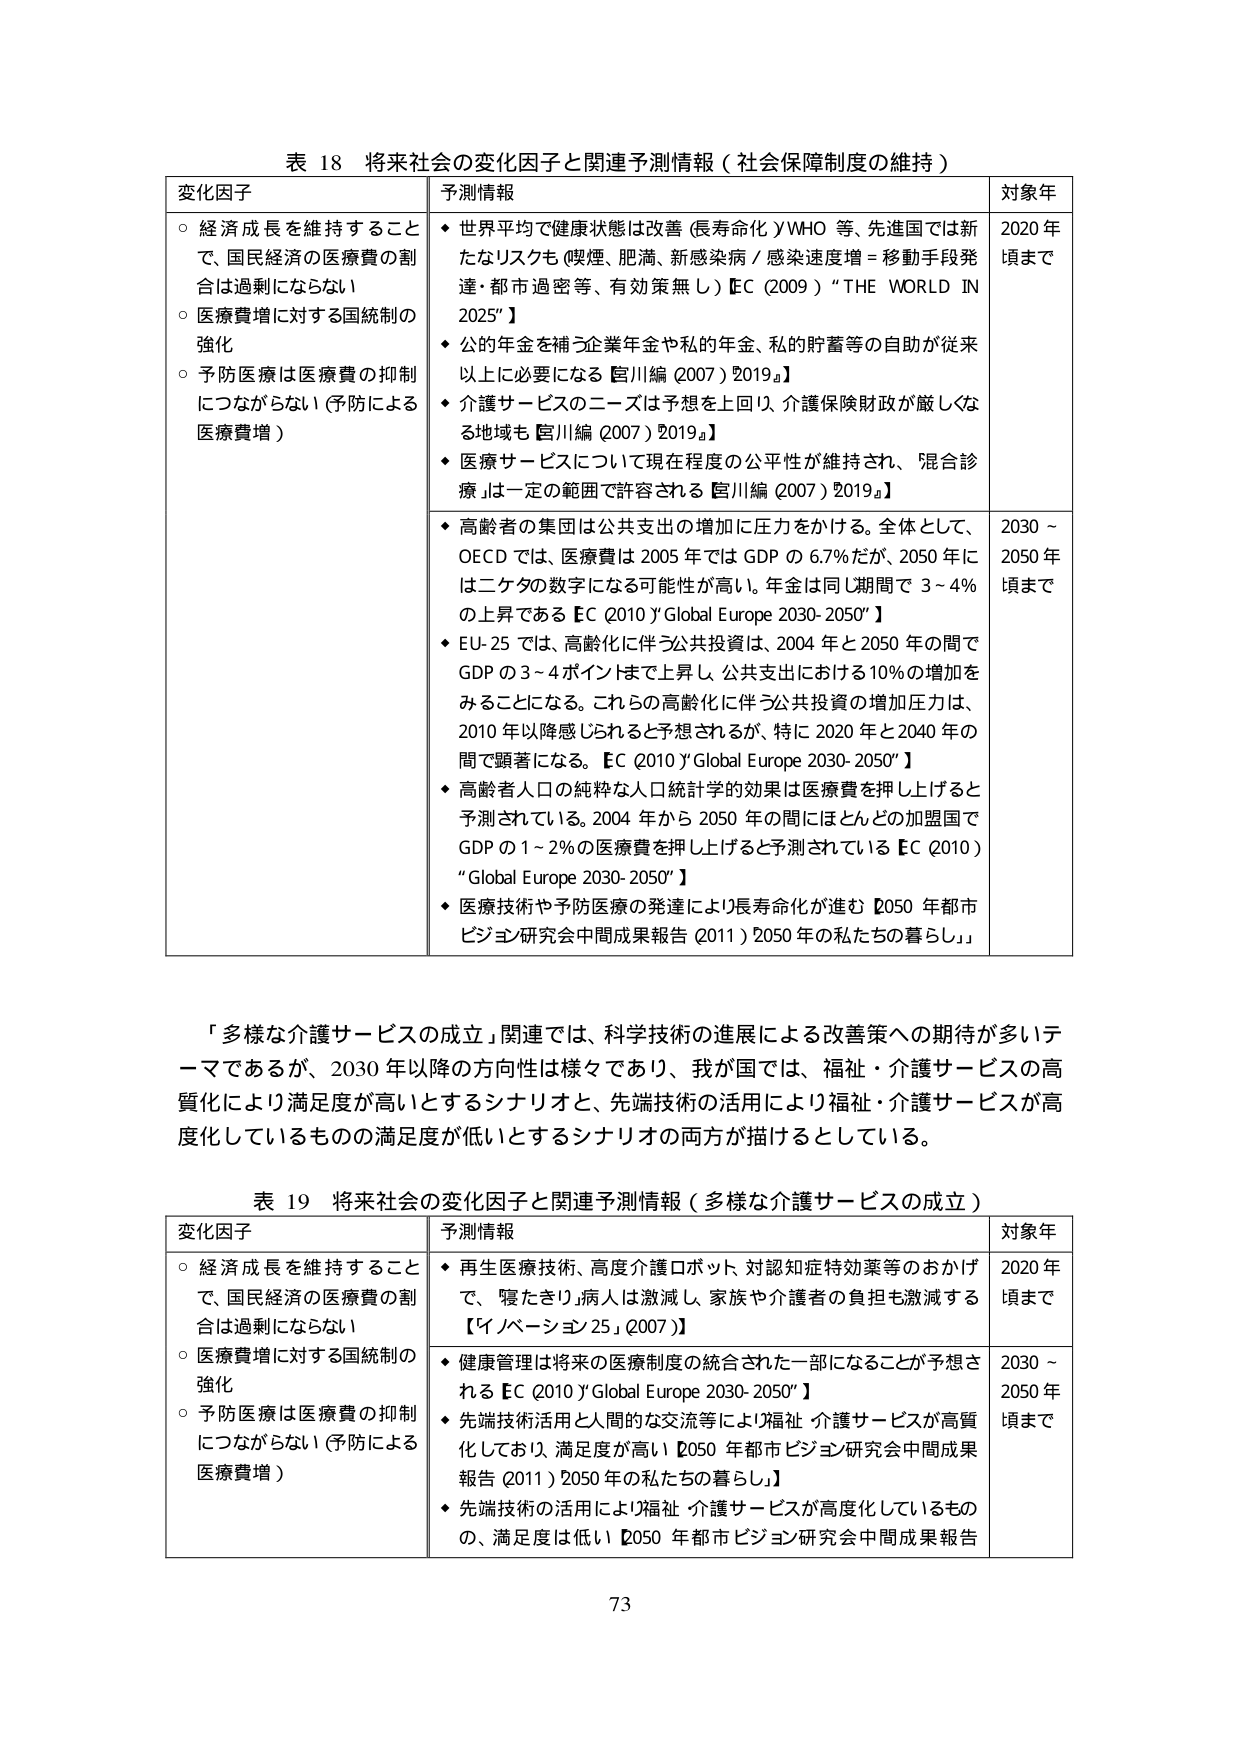
表 18 将来社会の変化因子と関連予測情報（社会保障制度の維持）

変化因子
○ 経済成長を維持することで、国民経済の医療費の割合は過剰にならない
○ 医療費増に対する国統制の強化
○ 予防医療は医療費の抑制につながらない（予防による医療費増）

予測情報
◆ 世界平均で健康状態は改善（長寿命化／WHO 等、先進国では新たなリスクも（喫煙、肥満、新感染病／感染速度増＝移動手段発達・都市過密等、有効策無し）【EC（2009）“THE WORLD IN 2025”】
◆ 公的年金を補う企業年金や私的年金、私的貯蓄等の自助が従来以上に必要になる【宮川編（2007）2019a】
◆ 介護サービスのニーズは予想を上回り、介護保険財政が厳しくなる地域も【宮川編（2007）2019a】
◆ 医療サービスについて現在程度の公平性が維持され、「混合診療」は一定の範囲で許容される【宮川編（2007）2019a】

◆ 高齢者の集団は公共支出の増加に圧力をかける。全体として、OECD では、医療費は 2005 年では GDP の 6.7％だが、2050 年には二ケタの数字になる可能性が高い。年金は同じ期間で 3～4％の上昇である【EC（2010）“Global Europe 2030-2050”】
◆ EU-25 では、高齢化に伴う公共投資は、2004 年と 2050 年の間で GDP の 3～4 ポイントまで上昇し、公共支出における 10％の増加をみることになる。これらの高齢化に伴う公共投資の増加圧力は、2010 年以降感じられることが予想されるが、特に 2020 年と 2040 年の間で顕著になる。【EC（2010）“Global Europe 2030-2050”】
◆ 高齢者人口の純粋な人口統計学的効果は医療費を押し上げると予測されている。2004 年から 2050 年の間にはほとんどの加盟国で GDP の 1～2％の医療費を押し上げると予測されている【EC（2010）“Global Europe 2030-2050”】
◆ 医療技術や予防医療の発達により長寿命化が進む【2050 年都市ビジョン研究会中間成果報告（2011）2050 年の私たちの暮らし】

対象年
2020 年頃まで
2030～2050 年頃まで

「多様な介護サービスの成立」関連では、科学技術の進展による改善策への期待が多いテーマであるが、2030 年以降の方向性は様々であり、我が国では、福祉・介護サービスの高質化により満足度が高いとするシナリオと、先端技術の活用により福祉・介護サービスが高度化しているものの満足度が低いとするシナリオの両方が描けるとしている。

表 19 将来社会の変化因子と関連予測情報（多様な介護サービスの成立）

変化因子
○ 経済成長を維持することで、国民経済の医療費の割合は過剰にならない
○ 医療費増に対する国統制の強化
○ 予防医療は医療費の抑制につながらない（予防による医療費増）

予測情報
◆ 再生医療技術、高度介護ロボット、対認知症特効薬等のおかげで、「寝たきり」病人は激減し、家族や介護者の負担も激減する【「イノベーション 25」（2007）】
◆ 健康管理は将来の医療制度の統合された一部になることが予想される【EC（2010）“Global Europe 2030-2050”】
◆ 先端技術活用と人間的な交流等により福祉・介護サービスが高質化しており、満足度が高い【2050 年都市ビジョン研究会中間成果報告（2011）2050 年の私たちの暮らし】
◆ 先端技術の活用により福祉・介護サービスが高度化しているものの、満足度は低い【2050 年都市ビジョン研究会中間成果報告】

対象年
2020 年頃まで
2030～2050 年頃まで

73